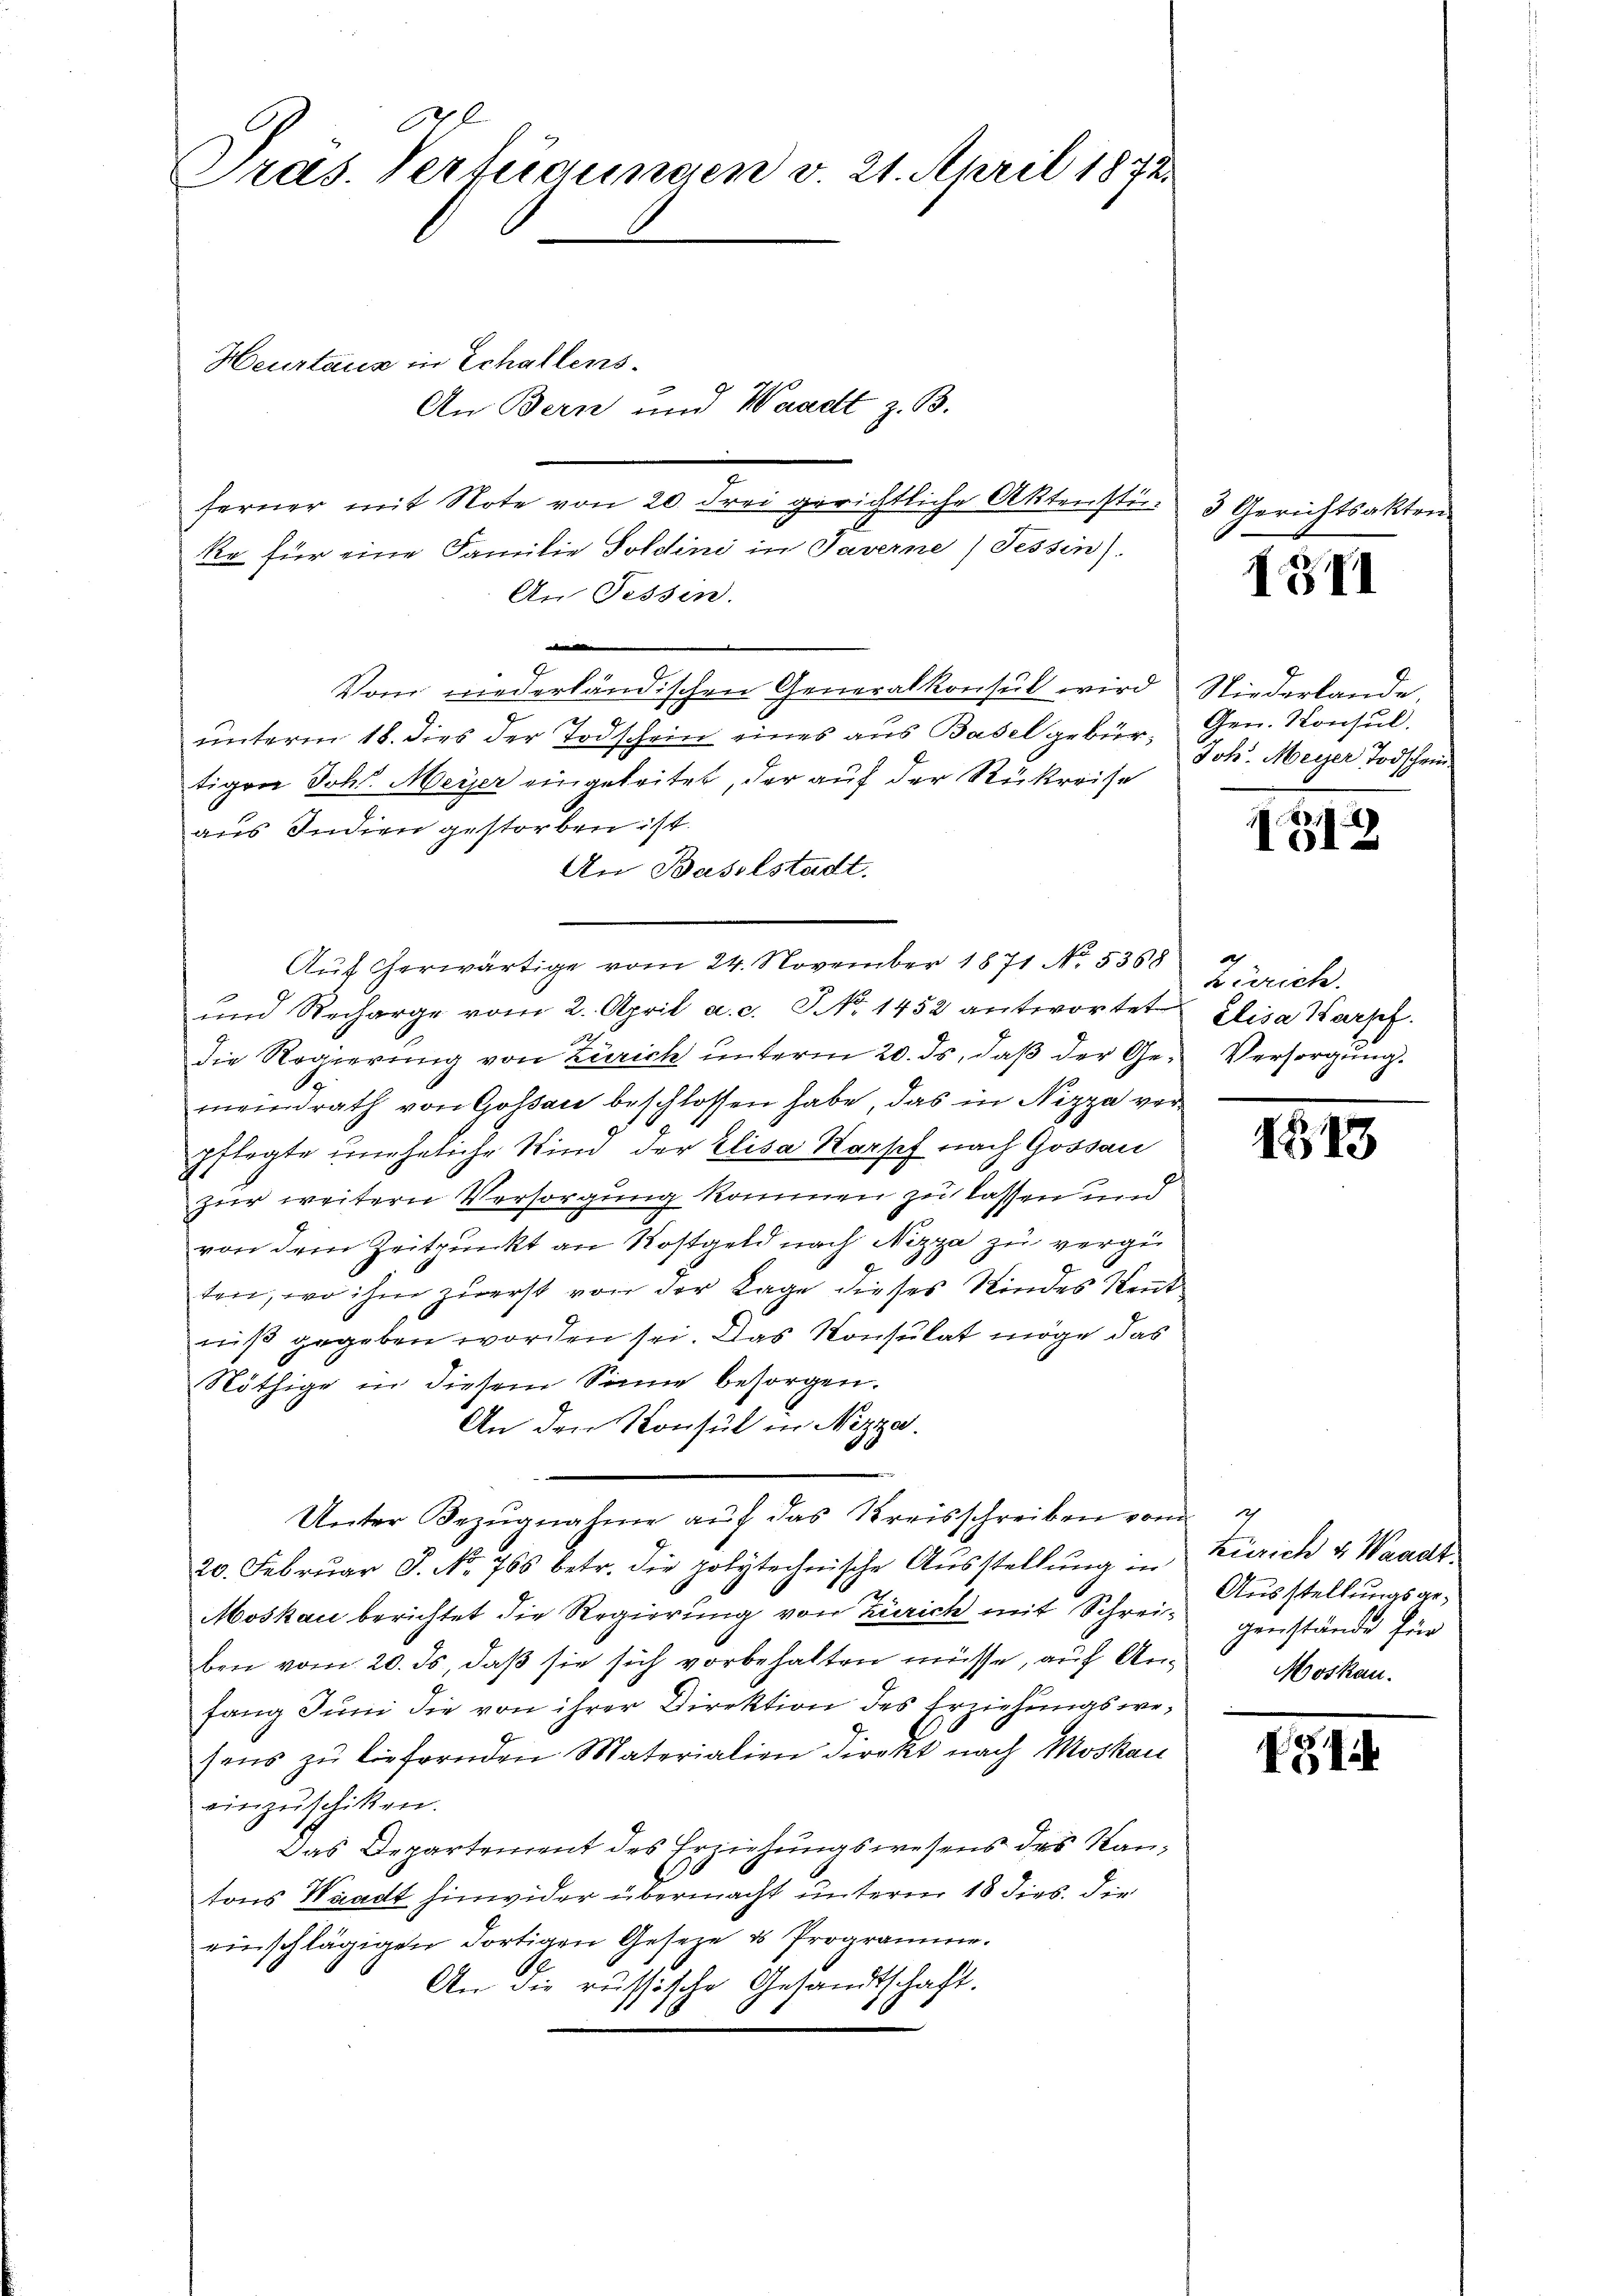
Heurtaus in Schallens-
An Bern und Waadt z. B.
“
ferner mit Note von 20. Frei gerichtliche Aktensti- 3 Gerichtsakten.
ke für eine Familie Soldini in Taverne Tessin).
An Tessin.
n

9.
Vom niederländischen Generalkonsul wird Niederlande,
i
ŭnterm 18. dies der Todschein eines aŭs Basel gebür- Gen. Konsŭl.
tigen Johs. Meyer eingeleitet, der auf der Rückreise
aus Indien gestorben ist.
An Baselstadt.
Auf herwärtige vom 24. November 1871 No. 5368
und Recharge vom 2. April a. c. J No 1452 antwortet Elisa Karpf.
1
die Regierung von Zürich unterm 20. ds, daß der Ge- Versorgung.
meindrath von Gossau beschlossen habe, das in Nizza verpflegte uneheliche Wind der Elisa Warsch nach Gossau
zur weitern Versorgung kommen zu lassen und
von dem Zeitpunkt an Kostgeld nach Nizza zu vergüten, wo ihm zuerst von der Lage dieses Kindes Rent
niß gegeben worden sei. Das Konsulat möge das
Nöthige in diesem Sinne besorgen.
An den Konsul in Nizza.
Unter Bezŭgnahme aŭf das Kreisschreiben vom
20. Febrŭar J. No. 765 betr. die polytechnische Aŭsstellŭng in Zürich v. Waadt.
Moskau berichtet die Regierung von Zürich mit Schrei- genstände für
ben vom 20. ds, daß sie sich vorbehalten müsse, auf Anfang Juni die von ihrer Direktion des Erziehungswesens zŭ liefernden Materialien Direkt nach Moskau
einzuschiken.
Das Departement des Erziehungswesens des Kanb
tons Waadt hinwider übermacht unterm 18 dies. die
einschlägigen dortigen Geseze u Programme.
An die russische Gesandtschaft.

Pras. Verfügungen v. 21. April 1872.

IG VI

Joh. Meyer Todschein.

1

Zürich.

1513

Ausstellungsge¬
Moskau

131